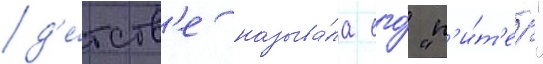
д'е́тств'е называ́ла его́ "п'и́т'ер"